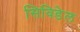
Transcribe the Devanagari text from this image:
सिविडेल